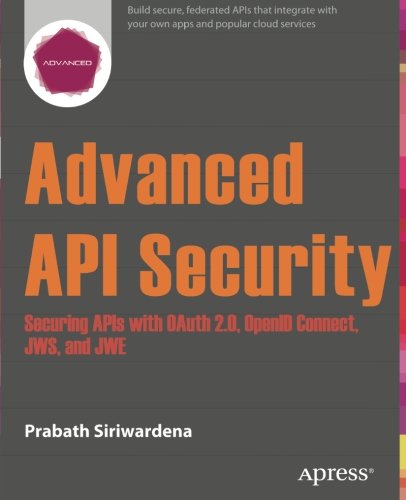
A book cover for Advanced API Security: Securing APIs with OAuth 2.0, OpenID Connect, JWS, and JWE; Prabath Siriwardena; Computers & Technology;